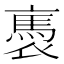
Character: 褭